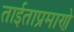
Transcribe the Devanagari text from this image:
ताईताप्रमाणे